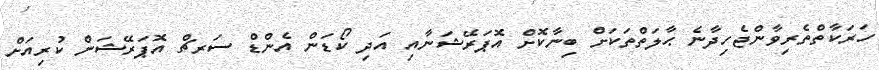
ހަރަކާތްތެރިވާންޖެހިދާނެ ޙާލަތްތަކަށް ބިނާކޮށް އޮޕަރޭޝަނާއި އަދި ކޯޑަން އެންޑް ސަރޗް އޮޕަރޭޝަން ކުރިއަށް